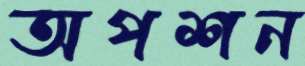
অপশন